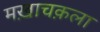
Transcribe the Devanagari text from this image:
मख़ाचक़ला